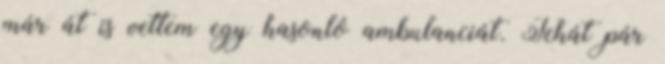
már át is vettem egy hasonló ambulanciát. Tehát pár